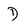
Character: D